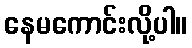
နေမကောင်းလို့ပါ။